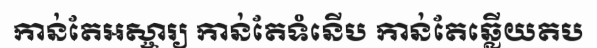
កាន់តែអស្ចារ្យ កាន់តែទំនើប កាន់តែឆ្លើយតប